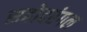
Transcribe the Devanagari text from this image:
सहोदरंगल